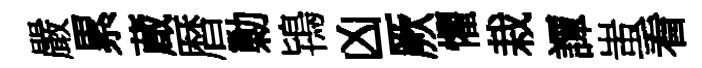
嚴累蔵暦勦鴇凶厥懼栽譚蚩看